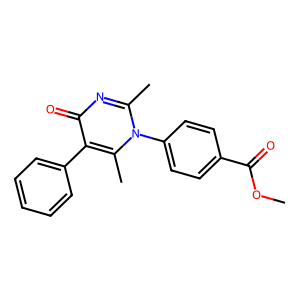
SMILES: COC(=O)c1ccc(-n2c(C)nc(=O)c(-c3ccccc3)c2C)cc1
Inhibits HIV replication: No